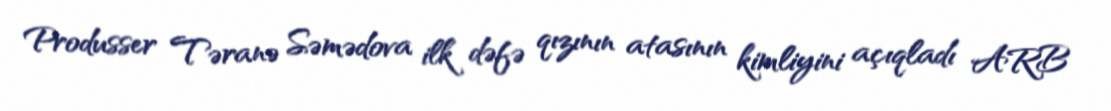
Produsser Təranə Səmədova ilk dəfə qızının atasının kimliyini açıqladı ARB